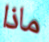
ماذا